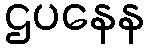
ဌပနေန